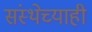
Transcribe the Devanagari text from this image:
संस्थेच्याही